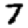
Digit: 7